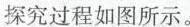
探究过程如图所示。